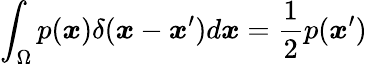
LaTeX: \displaystyle\int_{\Omega}p(\boldsymbol{x})\delta(\boldsymbol{x}-\boldsymbol{x}^{\prime})d\boldsymbol{x}=\frac 12p(\boldsymbol{x}^{\prime})